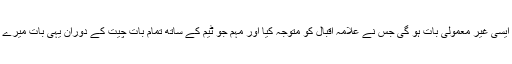
اب کاشغر کے اندر کوئی تو ایسی غیر معمولی بات ہو گی جس نے علامہ اقبال کو متوجہ کیا اور مہم جو ٹیم کے ساتھ تمام بات چیت کے دوران یہی بات میرے دماغ میں بھی گھومتی رہی۔